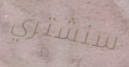
سنشتري